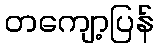
တကျော့ပြန်